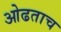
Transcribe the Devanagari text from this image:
ओढताच